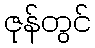
ဇုန်တွင်